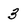
Character: 3